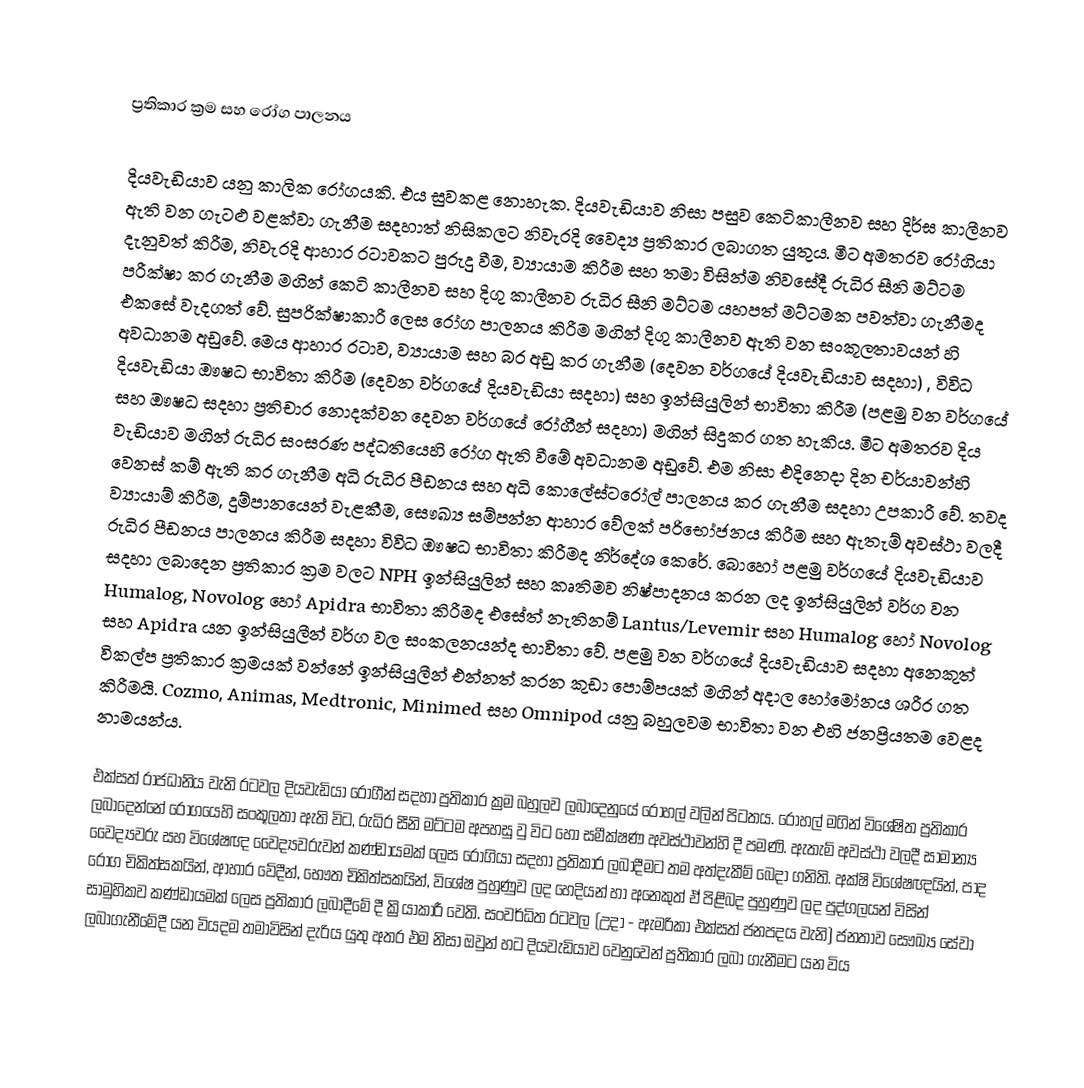

ප්‍රතිකාර ක්‍රම සහ රෝග පාලනය

දියවැඩියාව යනු කාලික රෝගයකි. එය සුවකළ නොහැක. දියවැඩියාව නිසා පසුව කෙ‍ටිකාලීනව සහ දිර්ඝ කාලීනව ඇති වන ගැටළු වළක්වා ගැනීම සදහාත් නිසිකලට නිවැරදි වෛද්‍ය ප්‍රතිකාර ලබාගත යුතුය. මීට අමතරව රෝගියා දැනුවත් කිරීම, නිවැරදි ආහාර රටාවකට පුරුදු වීම, ව්‍යායාම කිරීම සහ  තමා විසින්ම නිවසේදී රුධිර සීනි මට්ටම පරීක්ෂා කර ගැනීම මගින් කෙටි කාලීනව සහ දිගු කාලීනව රුධිර සීනි මට්ටම යහපත් මට්ටමක පවත්වා ගැනීමද එකසේ වැදගත් වේ. සුපරික්ෂාකාරී ලෙස රෝග පාලනය කිරීම මගින් දිගු කාලීනව ඇති වන සංකූලතාවයන් හි අවධානම අඩුවේ. මෙය ආහාර රටාව, ව්‍යායාම සහ බර අඩු කර ගැනීම (දෙවන වර්ගයේ දියවැඩියාව සදහා) , විවිධ දියවැඩියා ඖෂධ භාවිතා කිරීම (දෙවන වර්ගයේ දියවැඩියා සදහා) සහ ඉන්සියුලින් භාවිතා කිරීම (පළමු වන වර්ගයේ සහ ඖෂධ සදහා ප්‍රතිචාර නොදක්වන දෙවන වර්ගයේ රෝගීන් සදහා) මගින් සිදුකර ගත හැකිය. මීට අමතරව දිය වැඩියාව මගින් රුධිර සංසරණ පද්ධතියෙහි රෝග ඇති වීමේ අවධානම අඩුවේ. එම නිසා එදිනෙදා දින චර්යාවන්හි වෙනස් කම් ඇති කර ගැනීම අධි රුධිර පීඩනය සහ අධි කොලේස්ටරෝල් පාලනය කර ගැනීම සදහා උපකාරී වේ. තවද ව්‍යායාම් කිරීම, දුම්පානයෙන් වැළකීම, සෞඛ්‍ය සම්පන්න ආහාර වේලක් පරිභෝජනය කිරීම සහ ඇතැම් අවස්ථා වලදී රුධිර පීඩනය පාලනය කිරීම සදහා විවිධ ඖෂධ භාවිතා කිරීමද නිර්දේශ කෙරේ. බොහෝ පළමු වර්ගයේ දියවැඩියාව සදහා ලබාදෙන ප්‍රතිකාර ක්‍රම වලට NPH ඉන්සියුලින් සහ කෘතිමව නිෂ්පාදනය කරන ලද ඉන්සියුලින් වර්ග වන Humalog, Novolog හෝ Apidra භාවිතා කිරීමද එසේත් නැතිනම් Lantus/Levemir සහ Humalog හෝ Novolog සහ Apidra යන ඉන්සියුලීන් වර්ග වල සංකලනයන්ද භාවිතා වේ. පළමු වන වර්ගයේ දියවැඩියාව සදහා අනෙකුත් විකල්ප ප්‍රතිකාර ක්‍රමයක් වන්නේ ඉන්සියුලීන් එන්නත් කරන කුඩා පොම්පයක් මගින් අදාල හෝමෝනය ශරීර ගත කිරීමයි. Cozmo, Animas, Medtronic, Minimed  සහ Omnipod  යනු බහුලවම භාවිතා වන එහි ජනප්‍රියතම වෙළද නාමයන්ය.

එක්සත් රාජධානිය වැනි රටවල දියවැඩියා රෝගීන් සදහා ප්‍රතිකාර ක්‍රම බහුලව ලබාදෙනුයේ රෝහල් වලින් පිටතය. රෝහල් මගින් විශේෂිත ප්‍රතිකාර ලබාදෙන්නේ රෝගයෙහි සංකූලතා ඇති විට, රුධිර සීනි මට්ටම අපහසු වු විට හෝ සමීක්ෂණ අවස්ථාවන්හි දී පමණි. ඇතැම් අවස්ථා වලදී සාමාන්‍ය වෛද්‍යවරු සහ විශේෂඥ වෛද්‍යවරුවන් කණ්ඩායමක් ලෙස රෝගියා සදහා ප්‍රතිකාර ලබාදීමට තම අත්දැකීම් බෙදා ගනිති. අක්ෂි විශේෂඥයින්, පාද රෝග චිකිත්සකයින්, ආහාර වේදීන්, භෞත චිකිත්සකයින්, විශේෂ පුහුණුව ලද හෙදියන් හා අනෙකුත් ඒ පිළිබද පුහුණුව ලද පුද්ගලයන් විසින් සාමුහිකව කණ්ඩායමක් ලෙස ප්‍රතිකාර ලබාදීමේ දී ක්‍රියාකාරී වෙති. සංවර්ධිත රටවල (උදා - ඇමරිකා එක්සත් ජනපදය වැනි) ජනතාව  සෞඛ්‍ය සේවා ලබාගැනීමේදී යන වියදම තමාවිසින් දැරිය යුතු අතර එම නිසා ඔවුන් හට දියවැඩියාව වෙනුවෙන් ප්‍රතිකාර ලබා ගැනීමට යන විය